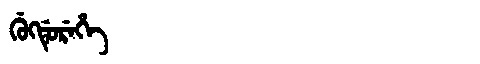
Manchu: ᡤᡠᡴᡩᡠᡵᡝᡥᡝ
Romanization: GUKDUREHE